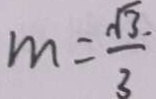
m = \frac { \sqrt { 3 } } { 3 }